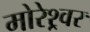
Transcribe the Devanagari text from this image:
मोरेश्र्वर